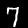
Label: 7